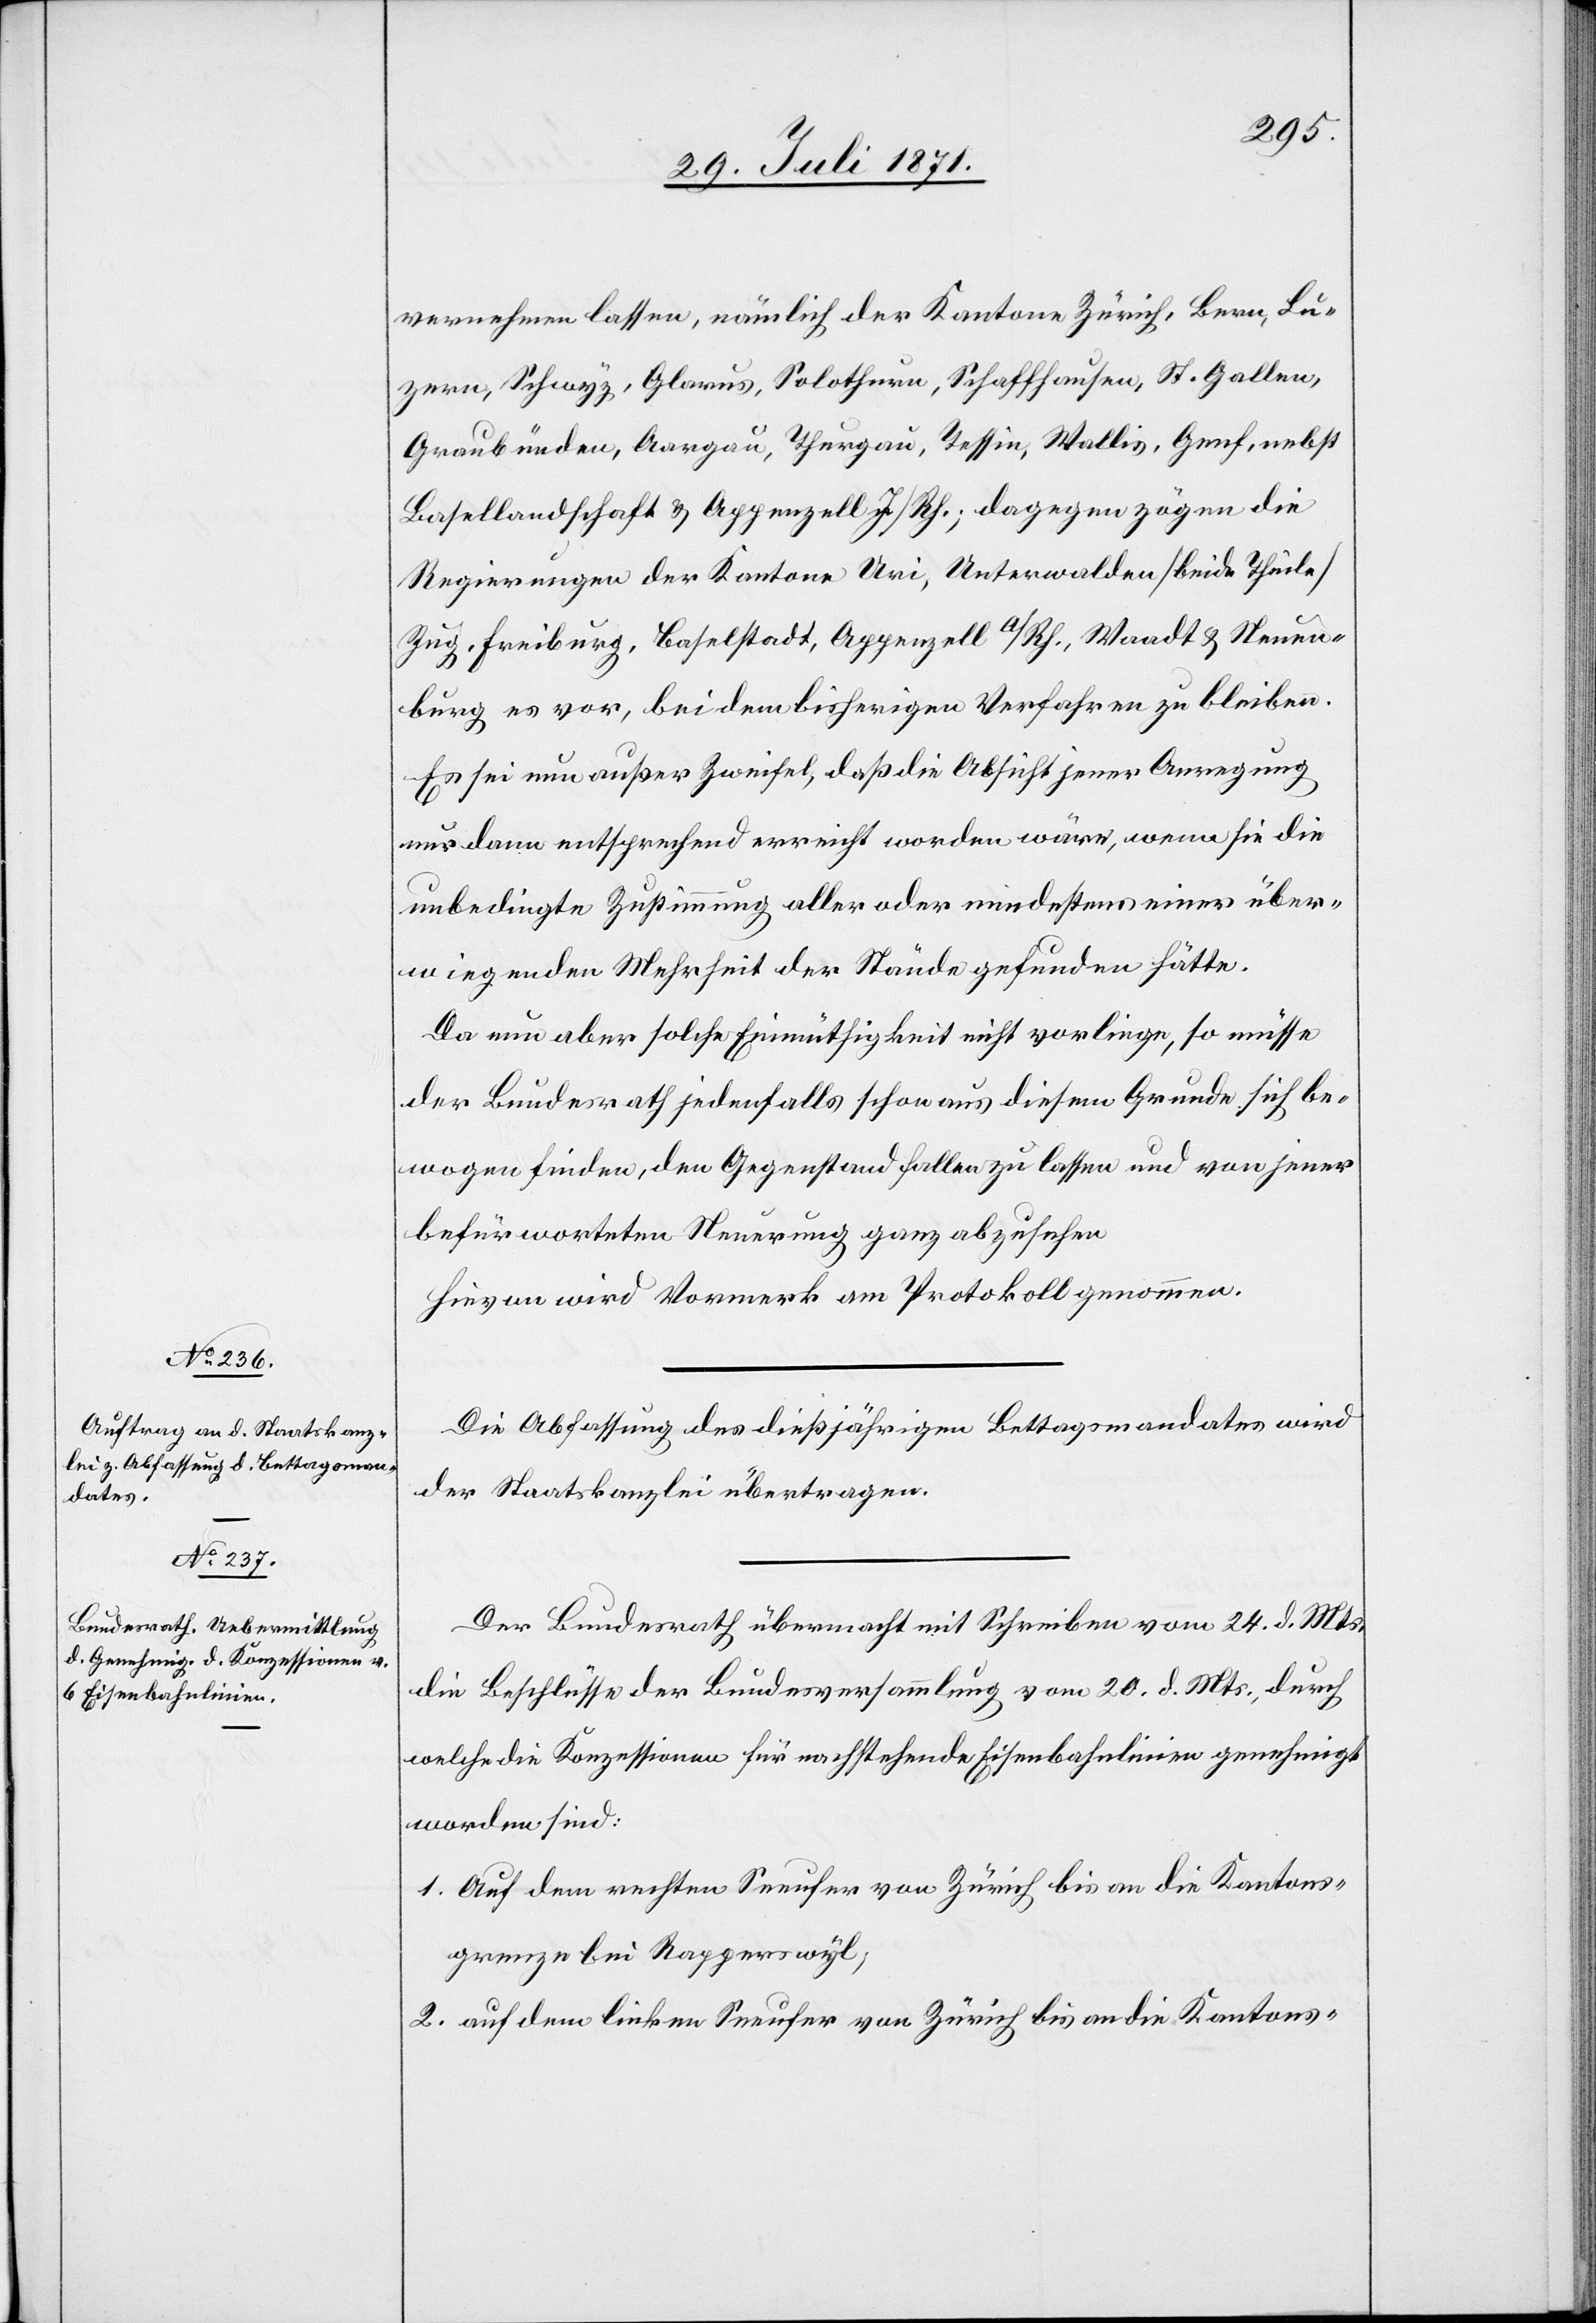
vernehmen lassen, nämlich der Kantone Zürich, Bern, Lu¬
zern, Schwyz, Glarus, Solothurn, Schaffhausen, St. Gallen,
Graubünden, Aargau, Thurgau, Tessin, Wallis, Genf, nebst
Basellandschaft u. Appenzell I./Rh.; dagegen zögen die
Regierungen der Kantone Uri, Unterwalden [beide Theile]
Zug, Freiburg, Baselstadt, Appenzell a/Rh., Waadt u. Neuen¬
burg es vor, bei dem bisherigen Verfahren zu bleiben.
Es sei nun außer Zweifel, daß die Absicht jener Anregung
nur dann entsprechend erreicht worden wäre, wenn sie die
unbedingte Zustimmung aller oder mindestens einer über¬
wiegenden Mehrheit der Stände gefunden hätte.
Da nun aber solche Einmüthigkeit nicht vorliege, so müsse
der Bundesrath jedenfalls schon aus diesem Grunde sich be¬
wogen finden, den Gegenstand fallen zu lassen und von jener
befürworteten Neuerung ganz abzusehen[.]
Hievon wird Vormerk am Protokoll genommen.
Die Abfassung des dießjährigen Bettagsmandates wird
der Staatskanzlei übertragen.
Der Bundesrath übermacht mit Schreiben vom 24. d. Mts.
die Beschlüsse der Bundesversammlung vom 20. d. Mts., durch
welche die Konzessionen für nachstehende Eisenbahnlinien genehmigt
worden sind:
1. Auf dem rechten Seeufer von Zürich bis an die Kantons¬
grenze bei Rapperswyl,